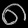
Digit: ၈